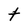
Character: t